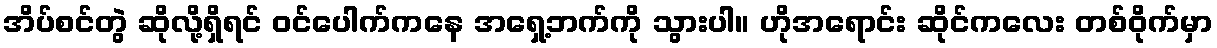
အိပ်စင်တွဲ ဆိုလို့ရှိရင် ဝင်ပေါက်ကနေ အရှေ့ဘက်ကို သွားပါ။ ဟိုအရောင်း ဆိုင်ကလေး တစ်ဝိုက်မှာ